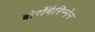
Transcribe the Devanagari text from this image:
बोर्रोमैरिन्नेन